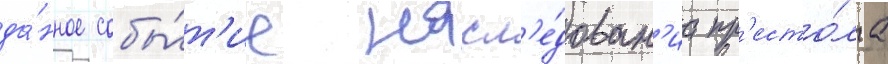
да́нное собы́т'ие насл'е́дован'иа пр'есто́ла